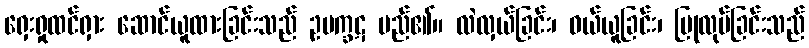
ရှေးရှုထင်ရှား ဆောင်ယူထားခြင်းသည် ဥပက္ခဋ မည်၏။ လဲလှယ်ခြင်း၊ ဝယ်ယူခြင်း၊ ပြုလုပ်ခြင်းသည်